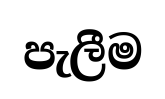
පැලීම